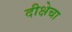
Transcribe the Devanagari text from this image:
दीक्षेचा